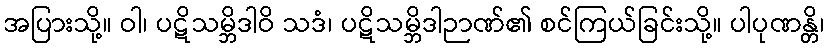
အပြားသို့။ ဝါ၊ ပဋိသမ္ဘိဒါဝိ သဒံ၊ ပဋိသမ္ဘိဒါဉာဏ်၏ စင်ကြယ်ခြင်းသို့။ ပါပုဏန္တိ၊